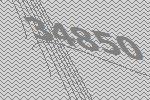
34850